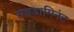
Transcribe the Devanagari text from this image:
सबडामिनंट